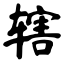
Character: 辖